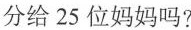
分给25位妈妈吗?